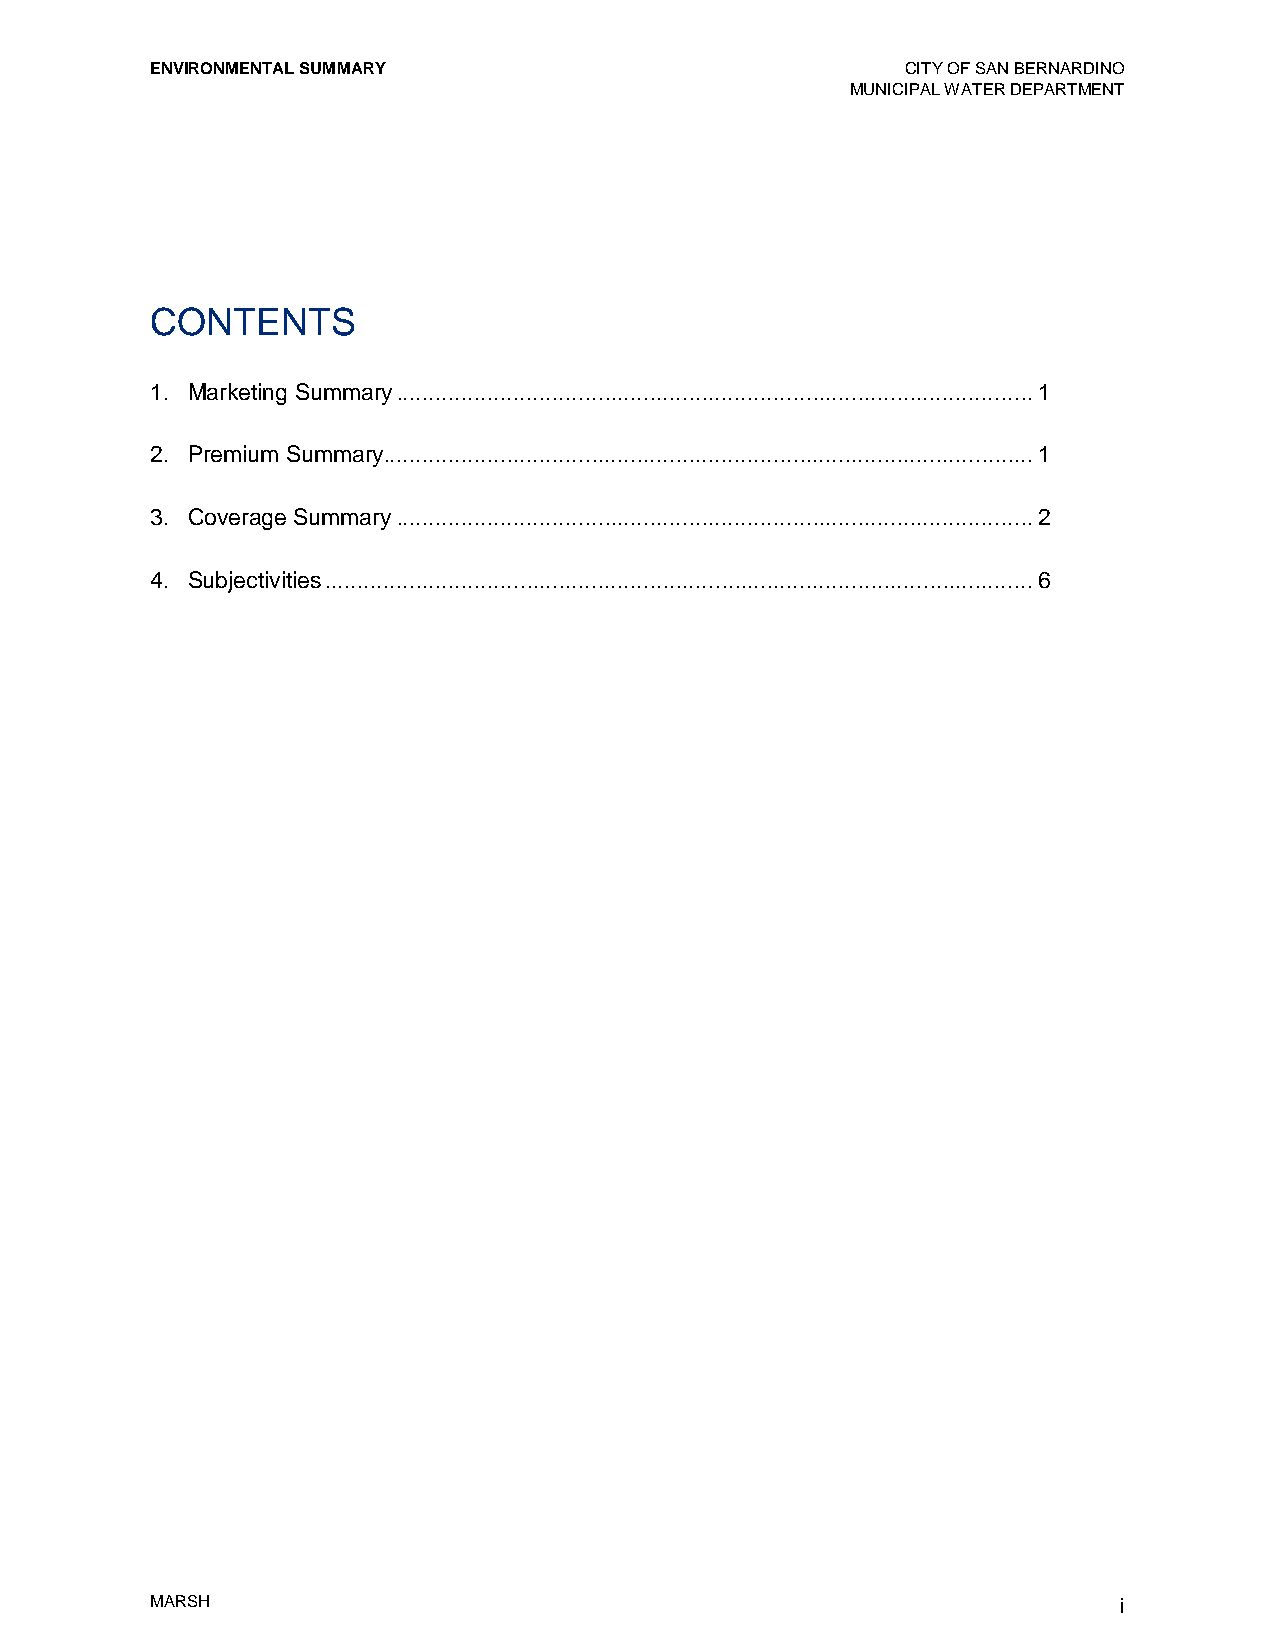
ENVIRONMENTAL SUMMARY                             CITY OF SAN BERNARDINO
 MUNICIPAL WATER DEPARTMENT
 CONTENTS
 1. Marketing Summary .................................................................................................. 1
 2. Premium Summary.................................................................................................... 1
 3. Coverage Summary .................................................................................................. 2
 4. Subjectivities ............................................................................................................. 6
 MARSH                                                           i